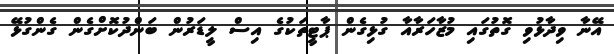
އޭނާ ވިދާޅުވި ގޮތުގައި މުޒާހަރާއާ ގުޅިގެން ޕާޓީތަކުގެ އިސް ލީޑަރުން ބަންދުކޮށްގެން ގެންގުޅޭ